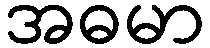
အဓမာ